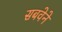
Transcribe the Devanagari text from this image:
सबवेने